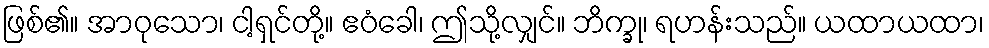
ဖြစ်၏။ အာဝုသော၊ ငါ့ရှင်တို့။ ဧဝံခေါ၊ ဤသို့လျှင်။ ဘိက္ခု၊ ရဟန်းသည်။ ယထာယထာ၊